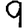
Digit: 9